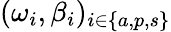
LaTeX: (\omega_{i},\beta_{i})_{i\in\{ a,p,s\} }